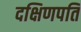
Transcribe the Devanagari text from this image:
दक्षिणपति